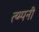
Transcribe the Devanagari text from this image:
त्य्म्पनी